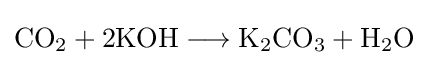
\mathrm {CO} _{2}+\mathrm {2KOH} \longrightarrow \mathrm {K} _{2}\mathrm {CO} _{3}+\mathrm {H} _{2}\mathrm {O}